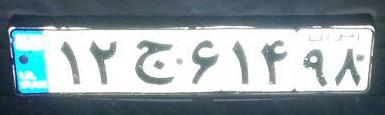
۱۲ج۶۱۴۹۸